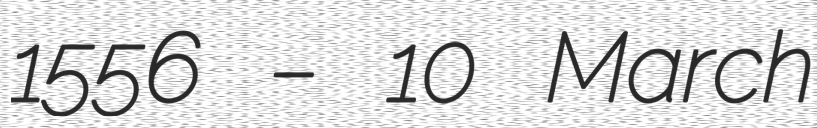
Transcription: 1556 – 10 March